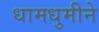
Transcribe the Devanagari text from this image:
धामधुमीने